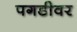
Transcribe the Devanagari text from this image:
पगडीवर